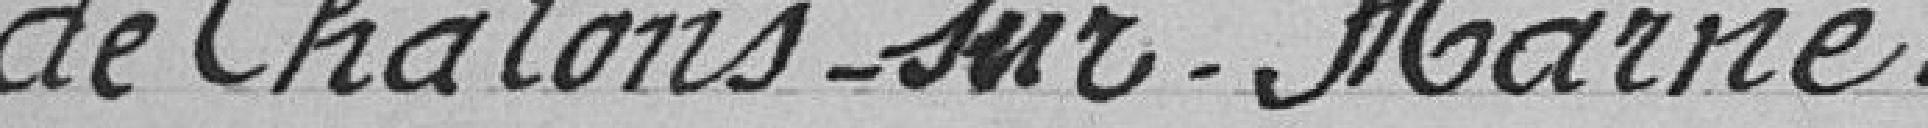
de Châlons-sur-Marne